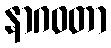
နာဂဝတာ